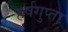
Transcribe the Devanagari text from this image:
हर्षगुप्ता